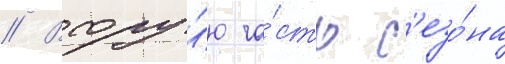
// Втору́ю ча́сть с'езо́на